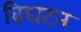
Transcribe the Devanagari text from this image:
ब्रिघटन